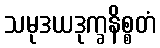
သမုဒယဒုက္ခနိစ္စတံ